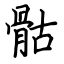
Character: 骷